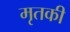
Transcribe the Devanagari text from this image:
मृतकी